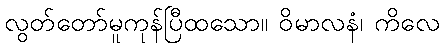
လွတ်တော်မူကုန်ပြီထသော။ ဝိမာလနံ၊ ကိလေ